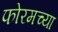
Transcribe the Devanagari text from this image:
फोरमच्या